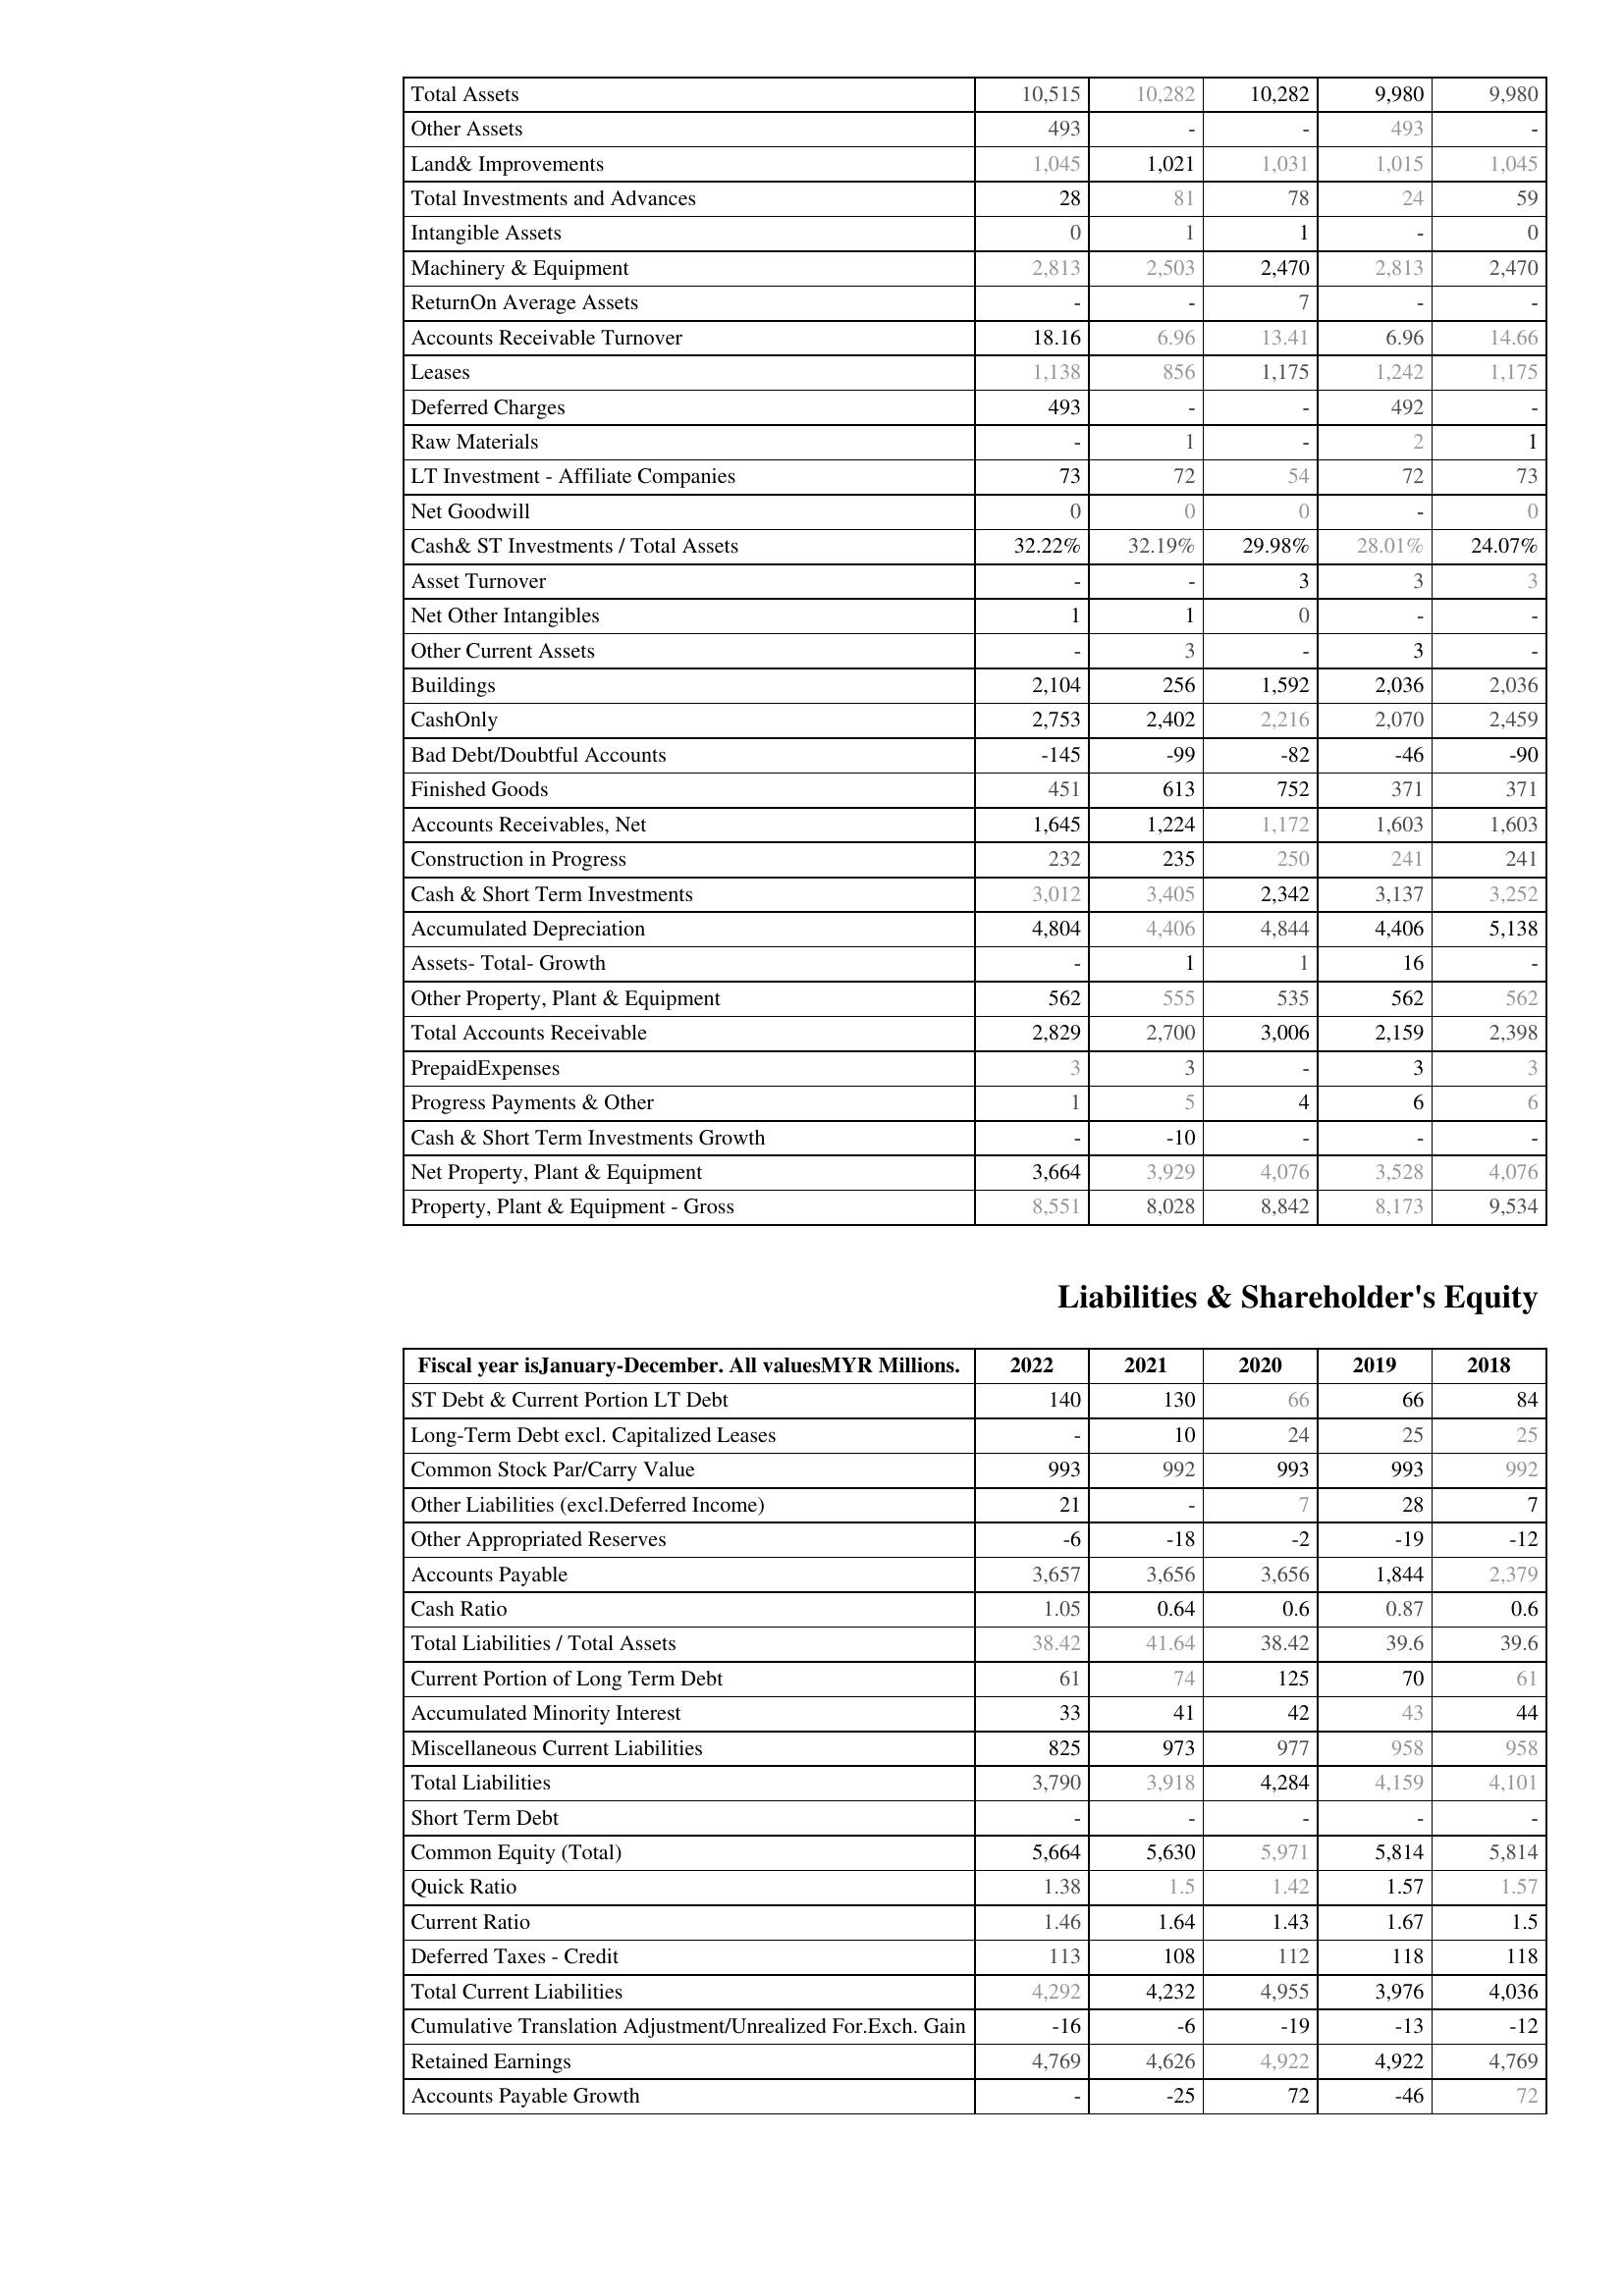
2022: Assets: Total Assets: 10,515
Other Assets: 493
Land& Improvements: 1,045
Total Investments and Advances: 28
Intangible Assets: 0
Machinery & Equipment: 2,813
ReturnOn Average Assets: -
Accounts Receivable Turnover: 18.16
Leases: 1,138
Deferred Charges: 493
Raw Materials: -
LT Investment - Affiliate Companies: 73
Net Goodwill: 0
Cash& ST Investments / Total Assets: 32.22%
Asset Turnover: -
Net Other Intangibles: 1
Other Current Assets: -
Buildings: 2,104
CashOnly: 2,753
Bad Debt/Doubtful Accounts: -145
Finished Goods: 451
Accounts Receivables, Net: 1,645
Construction in Progress: 232
Cash & Short Term Investments: 3,012
Accumulated Depreciation: 4,804
Assets- Total- Growth: -
Other Property, Plant & Equipment: 562
Total Accounts Receivable: 2,829
PrepaidExpenses: 3
Progress Payments & Other: 1
Cash & Short Term Investments Growth: -
Net Property, Plant & Equipment: 3,664
Property, Plant & Equipment - Gross : 8,551
Liabilities & Shareholder's Equity: ST Debt & Current Portion LT Debt: 140
Long-Term Debt excl. Capitalized Leases: -
Common Stock Par/Carry Value: 993
Other Liabilities (excl.Deferred Income): 21
Other Appropriated Reserves: -6
Accounts Payable: 3,657
Cash Ratio: 1.05
Total Liabilities / Total Assets: 38.42
Current Portion of Long Term Debt: 61
Accumulated Minority Interest: 33
Miscellaneous Current Liabilities: 825
Total Liabilities: 3,790
Short Term Debt: -
Common Equity (Total): 5,664
Quick Ratio: 1.38
Current Ratio: 1.46
Deferred Taxes - Credit: 113
Total Current Liabilities: 4,292
Cumulative Translation Adjustment/Unrealized For.Exch. Gain: -16
Retained Earnings: 4,769
Accounts Payable Growth: -
2021: Assets: Total Assets: 10,282
Other Assets: -
Land& Improvements: 1,021
Total Investments and Advances: 81
Intangible Assets: 1
Machinery & Equipment: 2,503
ReturnOn Average Assets: -
Accounts Receivable Turnover: 6.96
Leases: 856
Deferred Charges: -
Raw Materials: 1
LT Investment - Affiliate Companies: 72
Net Goodwill: 0
Cash& ST Investments / Total Assets: 32.19%
Asset Turnover: -
Net Other Intangibles: 1
Other Current Assets: 3
Buildings: 256
CashOnly: 2,402
Bad Debt/Doubtful Accounts: -99
Finished Goods: 613
Accounts Receivables, Net: 1,224
Construction in Progress: 235
Cash & Short Term Investments: 3,405
Accumulated Depreciation: 4,406
Assets- Total- Growth: 1
Other Property, Plant & Equipment: 555
Total Accounts Receivable: 2,700
PrepaidExpenses: 3
Progress Payments & Other: 5
Cash & Short Term Investments Growth: -10
Net Property, Plant & Equipment: 3,929
Property, Plant & Equipment - Gross : 8,028
Liabilities & Shareholder's Equity: ST Debt & Current Portion LT Debt: 130
Long-Term Debt excl. Capitalized Leases: 10
Common Stock Par/Carry Value: 992
Other Liabilities (excl.Deferred Income): -
Other Appropriated Reserves: -18
Accounts Payable: 3,656
Cash Ratio: 0.64
Total Liabilities / Total Assets: 41.64
Current Portion of Long Term Debt: 74
Accumulated Minority Interest: 41
Miscellaneous Current Liabilities: 973
Total Liabilities: 3,918
Short Term Debt: -
Common Equity (Total): 5,630
Quick Ratio: 1.5
Current Ratio: 1.64
Deferred Taxes - Credit: 108
Total Current Liabilities: 4,232
Cumulative Translation Adjustment/Unrealized For.Exch. Gain: -6
Retained Earnings: 4,626
Accounts Payable Growth: -25
2020: Assets: Total Assets: 10,282
Other Assets: -
Land& Improvements: 1,031
Total Investments and Advances: 78
Intangible Assets: 1
Machinery & Equipment: 2,470
ReturnOn Average Assets: 7
Accounts Receivable Turnover: 13.41
Leases: 1,175
Deferred Charges: -
Raw Materials: -
LT Investment - Affiliate Companies: 54
Net Goodwill: 0
Cash& ST Investments / Total Assets: 29.98%
Asset Turnover: 3
Net Other Intangibles: 0
Other Current Assets: -
Buildings: 1,592
CashOnly: 2,216
Bad Debt/Doubtful Accounts: -82
Finished Goods: 752
Accounts Receivables, Net: 1,172
Construction in Progress: 250
Cash & Short Term Investments: 2,342
Accumulated Depreciation: 4,844
Assets- Total- Growth: 1
Other Property, Plant & Equipment: 535
Total Accounts Receivable: 3,006
PrepaidExpenses: -
Progress Payments & Other: 4
Cash & Short Term Investments Growth: -
Net Property, Plant & Equipment: 4,076
Property, Plant & Equipment - Gross : 8,842
Liabilities & Shareholder's Equity: ST Debt & Current Portion LT Debt: 66
Long-Term Debt excl. Capitalized Leases: 24
Common Stock Par/Carry Value: 993
Other Liabilities (excl.Deferred Income): 7
Other Appropriated Reserves: -2
Accounts Payable: 3,656
Cash Ratio: 0.6
Total Liabilities / Total Assets: 38.42
Current Portion of Long Term Debt: 125
Accumulated Minority Interest: 42
Miscellaneous Current Liabilities: 977
Total Liabilities: 4,284
Short Term Debt: -
Common Equity (Total): 5,971
Quick Ratio: 1.42
Current Ratio: 1.43
Deferred Taxes - Credit: 112
Total Current Liabilities: 4,955
Cumulative Translation Adjustment/Unrealized For.Exch. Gain: -19
Retained Earnings: 4,922
Accounts Payable Growth: 72
2019: Assets: Total Assets: 9,980
Other Assets: 493
Land& Improvements: 1,015
Total Investments and Advances: 24
Intangible Assets: -
Machinery & Equipment: 2,813
ReturnOn Average Assets: -
Accounts Receivable Turnover: 6.96
Leases: 1,242
Deferred Charges: 492
Raw Materials: 2
LT Investment - Affiliate Companies: 72
Net Goodwill: -
Cash& ST Investments / Total Assets: 28.01%
Asset Turnover: 3
Net Other Intangibles: -
Other Current Assets: 3
Buildings: 2,036
CashOnly: 2,070
Bad Debt/Doubtful Accounts: -46
Finished Goods: 371
Accounts Receivables, Net: 1,603
Construction in Progress: 241
Cash & Short Term Investments: 3,137
Accumulated Depreciation: 4,406
Assets- Total- Growth: 16
Other Property, Plant & Equipment: 562
Total Accounts Receivable: 2,159
PrepaidExpenses: 3
Progress Payments & Other: 6
Cash & Short Term Investments Growth: -
Net Property, Plant & Equipment: 3,528
Property, Plant & Equipment - Gross : 8,173
Liabilities & Shareholder's Equity: ST Debt & Current Portion LT Debt: 66
Long-Term Debt excl. Capitalized Leases: 25
Common Stock Par/Carry Value: 993
Other Liabilities (excl.Deferred Income): 28
Other Appropriated Reserves: -19
Accounts Payable: 1,844
Cash Ratio: 0.87
Total Liabilities / Total Assets: 39.6
Current Portion of Long Term Debt: 70
Accumulated Minority Interest: 43
Miscellaneous Current Liabilities: 958
Total Liabilities: 4,159
Short Term Debt: -
Common Equity (Total): 5,814
Quick Ratio: 1.57
Current Ratio: 1.67
Deferred Taxes - Credit: 118
Total Current Liabilities: 3,976
Cumulative Translation Adjustment/Unrealized For.Exch. Gain: -13
Retained Earnings: 4,922
Accounts Payable Growth: -46
2018: Assets: Total Assets: 9,980
Other Assets: -
Land& Improvements: 1,045
Total Investments and Advances: 59
Intangible Assets: 0
Machinery & Equipment: 2,470
ReturnOn Average Assets: -
Accounts Receivable Turnover: 14.66
Leases: 1,175
Deferred Charges: -
Raw Materials: 1
LT Investment - Affiliate Companies: 73
Net Goodwill: 0
Cash& ST Investments / Total Assets: 24.07%
Asset Turnover: 3
Net Other Intangibles: -
Other Current Assets: -
Buildings: 2,036
CashOnly: 2,459
Bad Debt/Doubtful Accounts: -90
Finished Goods: 371
Accounts Receivables, Net: 1,603
Construction in Progress: 241
Cash & Short Term Investments: 3,252
Accumulated Depreciation: 5,138
Assets- Total- Growth: -
Other Property, Plant & Equipment: 562
Total Accounts Receivable: 2,398
PrepaidExpenses: 3
Progress Payments & Other: 6
Cash & Short Term Investments Growth: -
Net Property, Plant & Equipment: 4,076
Property, Plant & Equipment - Gross : 9,534
Liabilities & Shareholder's Equity: ST Debt & Current Portion LT Debt: 84
Long-Term Debt excl. Capitalized Leases: 25
Common Stock Par/Carry Value: 992
Other Liabilities (excl.Deferred Income): 7
Other Appropriated Reserves: -12
Accounts Payable: 2,379
Cash Ratio: 0.6
Total Liabilities / Total Assets: 39.6
Current Portion of Long Term Debt: 61
Accumulated Minority Interest: 44
Miscellaneous Current Liabilities: 958
Total Liabilities: 4,101
Short Term Debt: -
Common Equity (Total): 5,814
Quick Ratio: 1.57
Current Ratio: 1.5
Deferred Taxes - Credit: 118
Total Current Liabilities: 4,036
Cumulative Translation Adjustment/Unrealized For.Exch. Gain: -12
Retained Earnings: 4,769
Accounts Payable Growth: 72